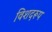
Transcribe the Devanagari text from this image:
विशदरूप